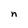
Character: n